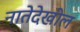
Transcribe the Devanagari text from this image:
नातेदेखील